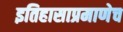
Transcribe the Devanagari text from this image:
इतिहासाप्रमाणेच